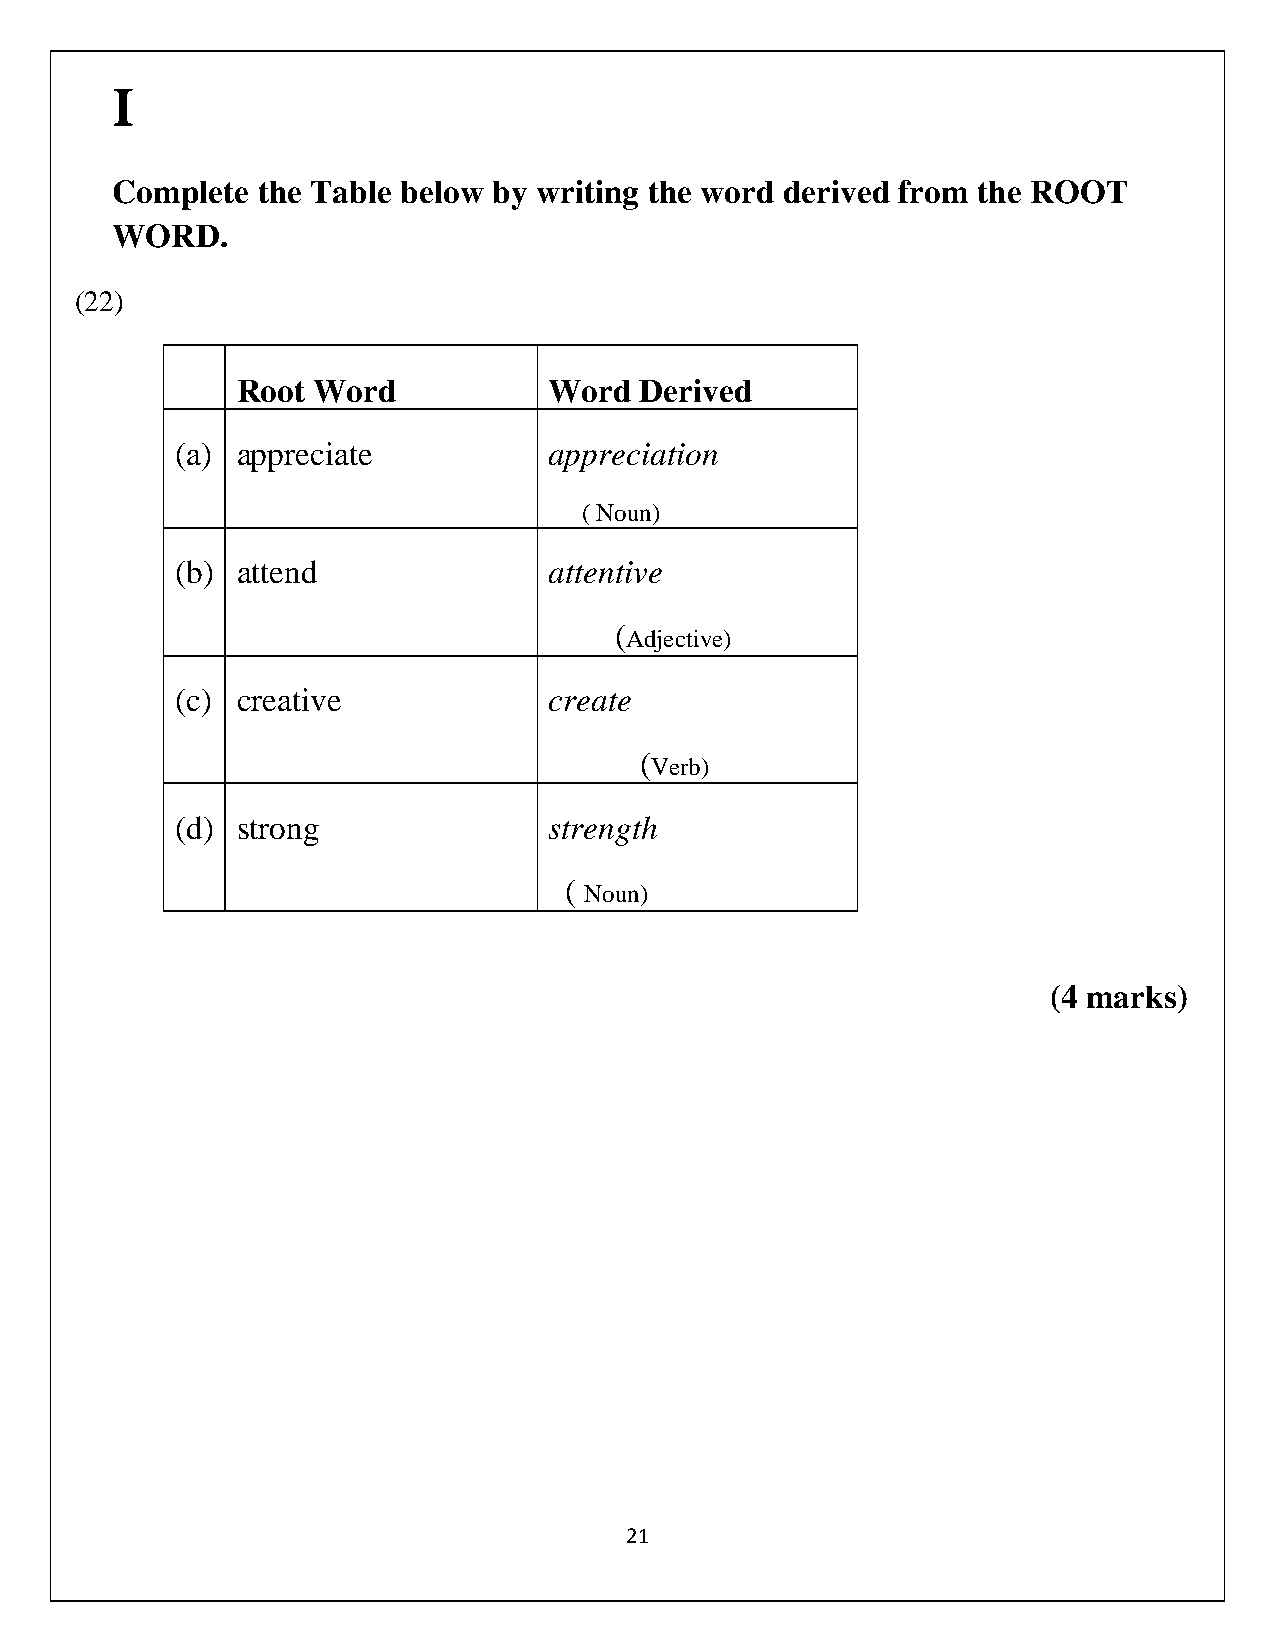
I
 Complete  the Table below by writing the word derived from the ROOT
 WORD.
 (22)
 Root Word           Word  Derived
 (a) appreciate          appreciation
 ( Noun)
 (b) attend              attentive
 (
 Adjective)
 (c) creative            create
 (
 Verb)
 (d) strong              strength
 (
 Noun)
 (4 marks)
 21